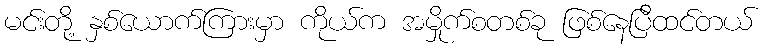
မင်းတို့ နှစ်ယောက်ကြားမှာ ကိုယ်က အမှိုက်စတစ်ခု ဖြစ်နေပြီထင်တယ်